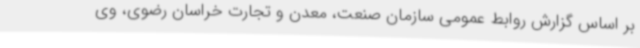
بر اساس گزارش روابط عمومی سازمان صنعت، معدن و تجارت خراسان رضوی، وی